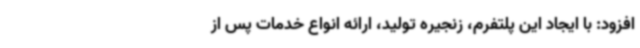
افزود: با ایجاد این پلتفرم، زنجیره تولید، ارائه انواع خدمات پس از